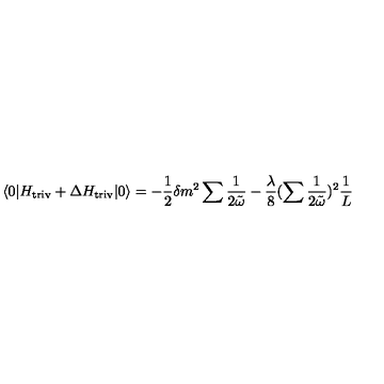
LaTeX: \langle 0 | H _ { \mathrm { t r i v } } + \Delta H _ { \mathrm { t r i v } } | 0 \rangle = - \frac { 1 } { 2 } \delta m ^ { 2 } \sum \frac { 1 } { 2 \tilde { \omega } } - \frac { \lambda } { 8 } ( \sum \frac { 1 } { 2 \tilde { \omega } } ) ^ { 2 } \frac { 1 } { L }